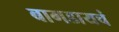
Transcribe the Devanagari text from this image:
बागडायचं